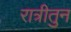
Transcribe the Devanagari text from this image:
रात्रीतुन